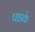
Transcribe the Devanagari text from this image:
पाडके